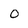
Character: 0